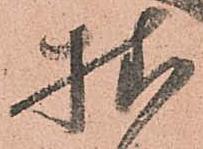
拙